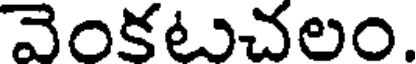
వెంకటుచలం.